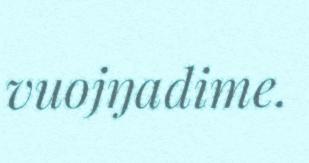
vuojŋadime.